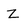
Character: Z